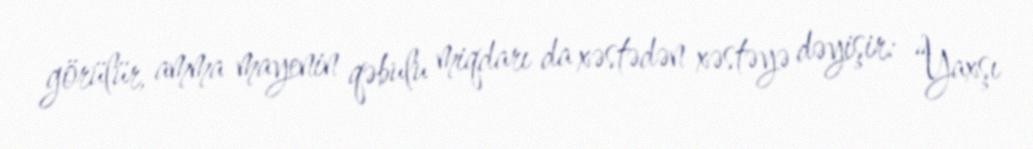
görülür, amma mayenin qəbulu miqdarı da xəstədən xəstəyə dəyişir: “Yaxşı